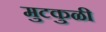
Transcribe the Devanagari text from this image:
मुटकुळी